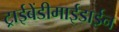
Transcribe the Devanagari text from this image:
ट्राईबेंडीमाईडाईन